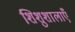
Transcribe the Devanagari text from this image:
शिशुशालाएँ